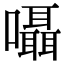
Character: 囁